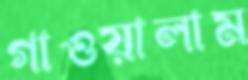
গাওয়ালাম